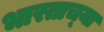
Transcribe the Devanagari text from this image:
भारताच्‍या